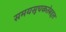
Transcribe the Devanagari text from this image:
समयसूचकतेबद्दल